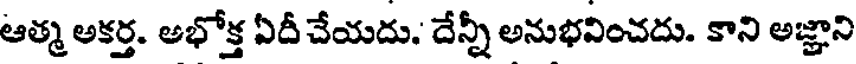
ఆత్మ అకర్త. అభోక్త ఏదీ చేయదు. దేన్నీ అనుభవించదు. కాని అజ్ఞాని